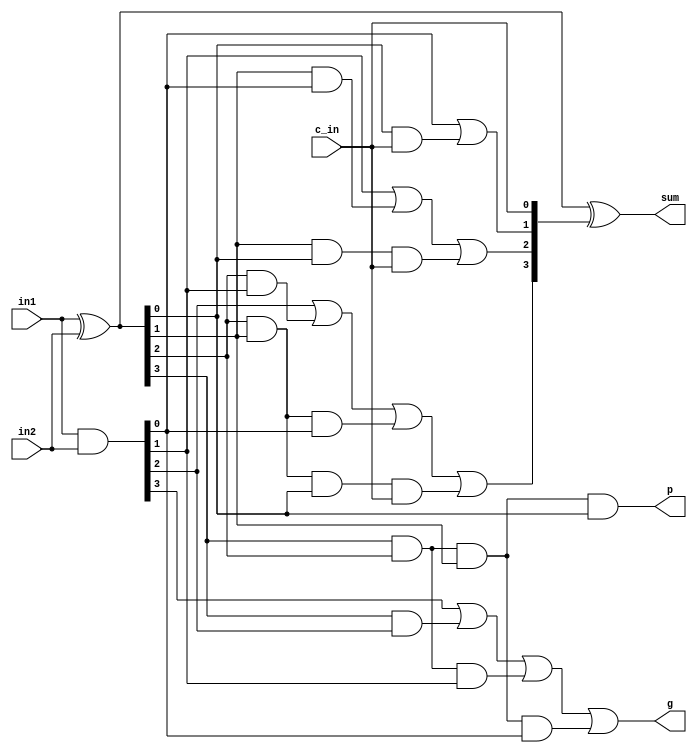
module CLA_4bit_augmented(
    input [3:0] in1,
    input [3:0] in2,
    input c_in,
    output [3:0] sum,
    output p,
    output g
    );
	 

	wire [3:0] G, P, carry; // wires for bitwise generate, propagate and carries
	
	// calculate bitwise generate and propagate
	assign G = in1 & in2;
	assign P = in1 ^ in2;
	
	// calculate subsequent carries using generates and propagates
	assign carry[0] = c_in;
	assign carry[1] = G[0] | (P[0] & carry[0]);
	assign carry[2] = G[1] | (P[1] & G[0]) | (P[1] & P[0] & carry[0]);
	assign carry[3] = G[2] | (P[2] & G[1]) | (P[2] & P[1] & G[0]) | (P[2] & P[1] & P[0] & carry[0]);
	
	// calculate final sum using propagate and carries
	assign sum = P ^ carry;
	
	// calculate block propagate and generate for next level
	assign p = P[3] & P[2] & P[1] & P[0];
	assign g = G[3] | (P[3] & G[2]) | (P[3] & P[2] & G[1]) | (P[3] & P[2] & P[1] & G[0]);


endmodule